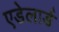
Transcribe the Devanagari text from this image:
एडेलार्ड